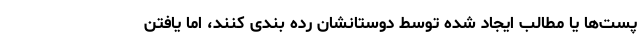
پست‌ها یا مطالب ایجاد شده توسط دوستانشان رده بندی کنند، اما یافتن